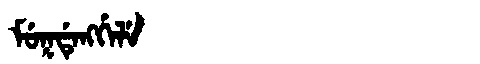
Manchu: ᠮᡠᡴᡩᡝᠩᡤᡝᠯᡝ
Romanization: MUKDENGGELE